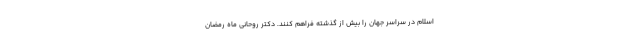
اسلام در سراسر جهان را بیش از گذشته فراهم کنند. دکتر روحانی ماه رمضان